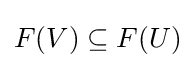
F(V)\subseteq F(U)